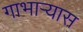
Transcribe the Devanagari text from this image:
गाभाऱ्यास